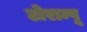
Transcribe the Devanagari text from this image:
टोराम्पू